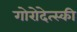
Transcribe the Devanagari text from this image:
गोरोदेत्स्की